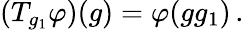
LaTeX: (T_{g_{1}}\varphi)(g)=\varphi(gg_{1})\, .